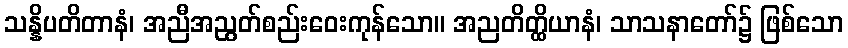
သန္နိပတိတာနံ၊ အညီအညွတ်စည်းဝေးကုန်သော။ အညတိတ္ထိယာနံ၊ သာသနာတော်၌ ဖြစ်သော